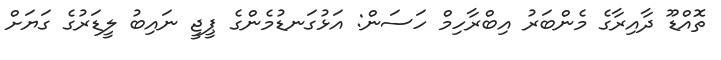
ތޮއްޑޫ ދާއިރާގެ މެންބަރު އިބްރާހިމް ހަސަން: އަޅުގަނޑުމެންގެ ޕީޖީ ނައިބު ލީޑަރުގެ ގަޔަށް